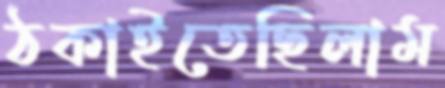
ঠকাইতেছিলাম